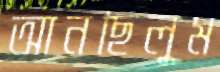
আনছিলুম